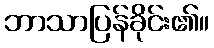
ဘာသာပြန်ခိုင်း၏။